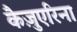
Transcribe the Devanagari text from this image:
कैज़ुएरिना